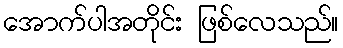
အောက်ပါအတိုင်း ဖြစ်လေသည်။